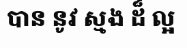
បាន នូវ ស្មង ដ៏ ល្អ